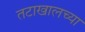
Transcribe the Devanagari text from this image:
तटाखालच्या